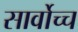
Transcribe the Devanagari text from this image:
सार्वोच्च